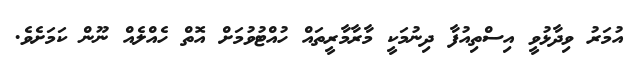
އުމަރު ވިދާޅުވީ އިސްތިއުފާ ދިނުމަކީ މާރާމާރީތައް ހުއްޓުވުމަށް އޮތް ހެއްލެއް ނޫން ކަމަށެވެ.